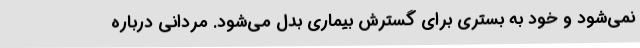
نمی‌شود و خود به بستری برای گسترش بیماری بدل می‌شود. مردانی درباره